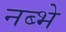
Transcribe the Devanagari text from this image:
नब्भे